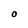
Character: O